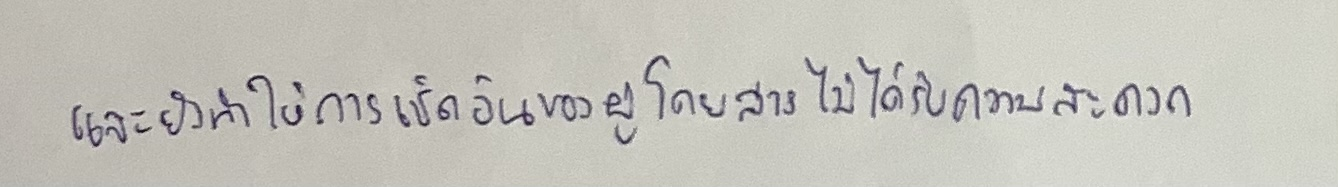
และยังทำให้การเช็คอินของผู้โดยสารไม่ได้รับความสะดวก